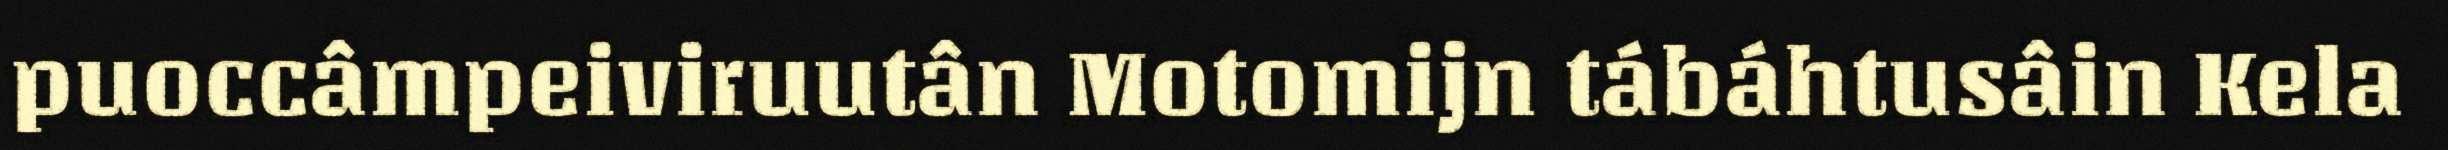
puoccâmpeiviruutân Motomijn tábáhtusâin Kela